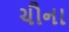
ચૌના